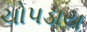
ચોપડાય